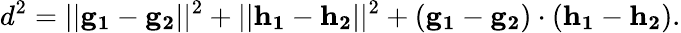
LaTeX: d^{2}=||\mathbf{g_{1}}-\mathbf{g_{2}}||^{2}+||\mathbf{h_{1}}-\mathbf{h_{2}}||^{2}+(\mathbf{g_{1}}-\mathbf{g_{2}})\cdot(\mathbf{h_{1}}-\mathbf{h_{2}}).